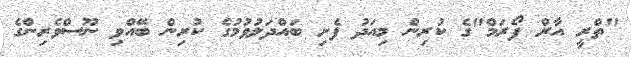
"ތްރީ އާރް ފޯރަމް"ގެ ކުރިން މިއަދު ފެށި ބައްދަލުވުމުގެ ކުރިން ބޭއްވި ނޫސްވެރިންގެ